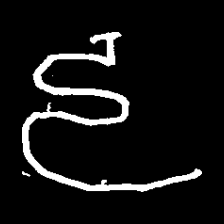
Pyu character \u2014 Myanmar letter: ဠ (romanized: lla)